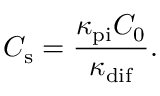
C _ { \mathrm { s } } = \frac { \kappa _ { \mathrm { p i } } C _ { 0 } } { \kappa _ { \mathrm { d i f } } } .